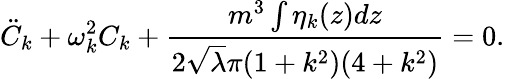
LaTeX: {\ddot{C}}_{k}+\omega_{k}^{2}C_{k}+\frac{m^{3}\int\eta_{k}(z)dz}{2{\sqrt\lambda}\pi(1+k^{2})(4+k^{2})}=0.